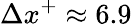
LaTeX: \Delta x^{+}\approx 6.9